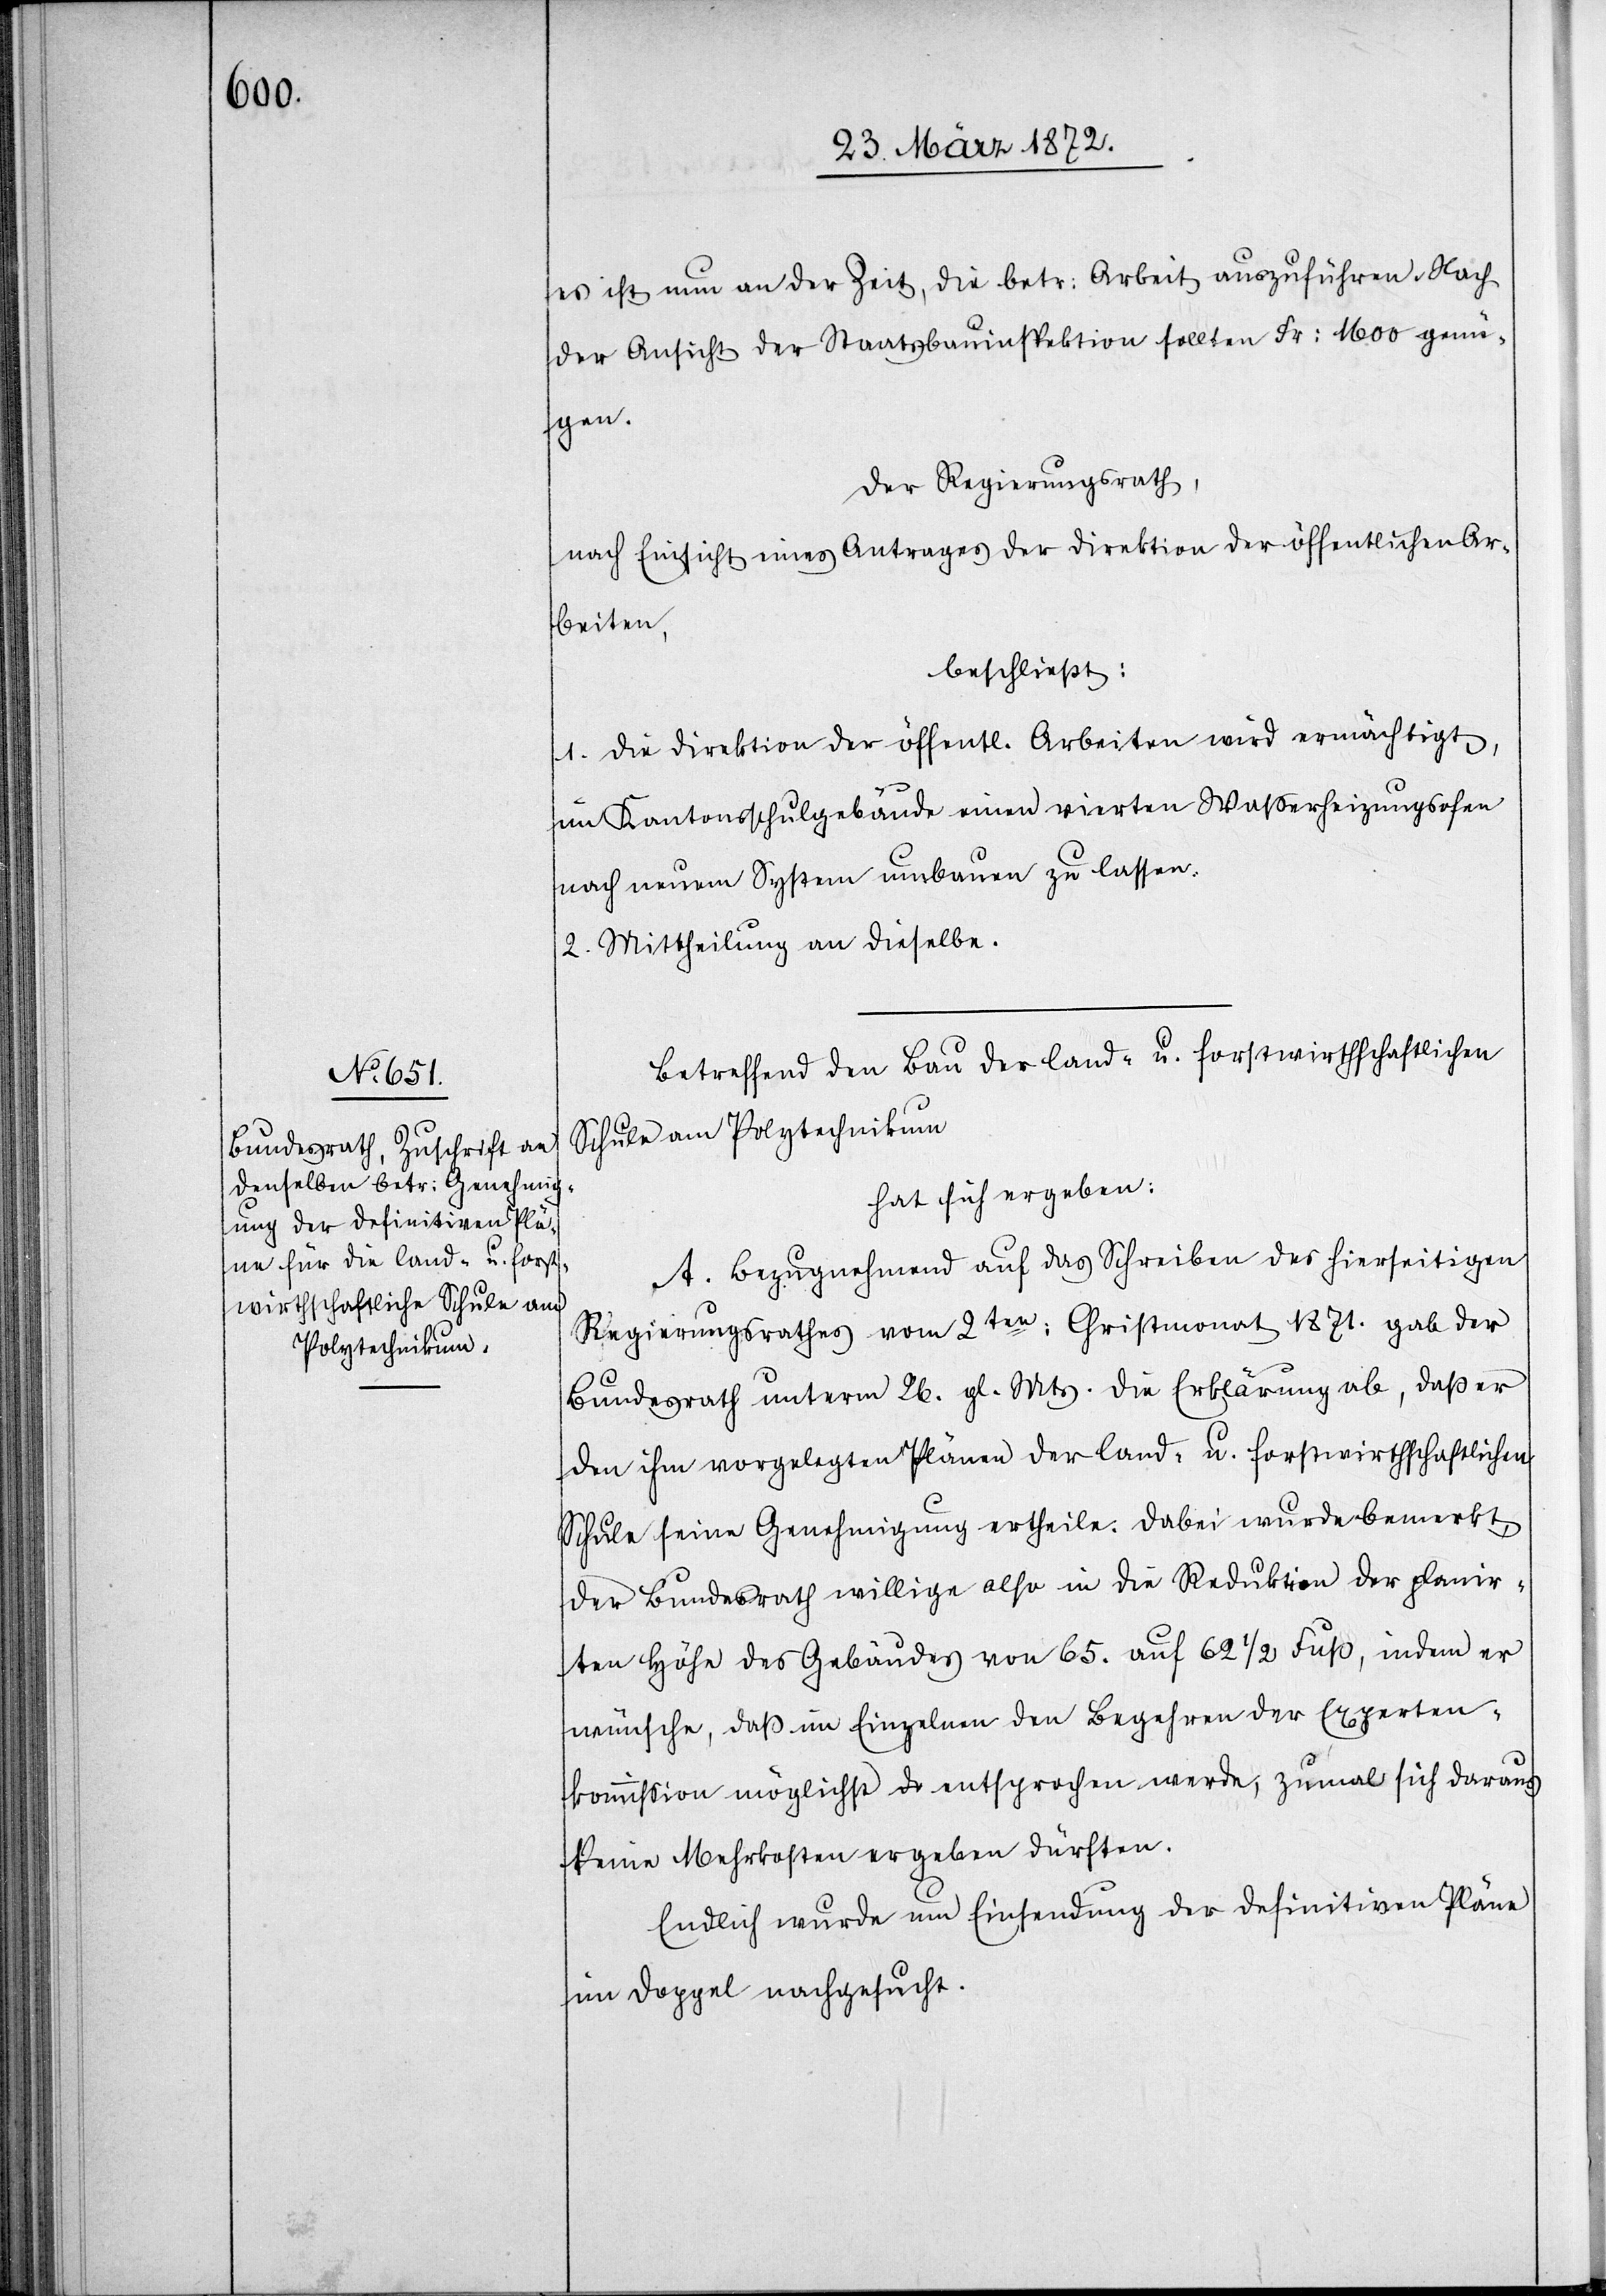
es ist nun an der Zeit, die betr: Arbeit auszuführen. Nach
der Ansicht der Staatsbauinspektion sollten Fr: 1600 genü¬
gen.
Der Regierungsrath,
nach Einsicht eines Antrages der Direktion der öffentlichen Ar¬
beiten,
beschließt:
1. Die Direktion der öffentl. Arbeiten wird ermächtigt,
im Kantonsschulgebäude einen vierten Wasserheizungsofen
nach neuem System umbauen zu lassen.
2. Mittheilung an dieselbe.
Betreffend den Bau der land- u. forstwirthschaftlichen
Schule am Polytechnikum
hat sich ergeben:
A. Bezugnehmend auf das Schreiben des hierseitigen
Regierungsrathes vom 2ten: Christmonat 1871. gab der
Bundesrath unterm 26. gl. Mts. die Erklärung ab, daß er
den ihm vorgelegten Plänen der land- u. forstwirthschaftlichen
Schule seine Genehmigung ertheile. Dabei wurde bemerkt,
der Bundesrath willige also in die Reduktion der planir¬
ten Höhe des Gebäudes von 65. auf 621/2 Fuß, indem er
wünsche, daß im Einzelnen den Begehren der Experten¬
kommission möglichst entsprochen werde, zumal sich daraus
keine Mehrkosten ergeben dürften.
Endlich wurde um Einsendung der definitiven Pläne
im Doppel nachgesucht.